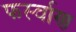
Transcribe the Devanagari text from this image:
फर्स्वाण